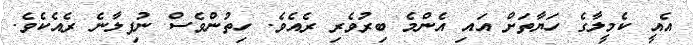
އެއީ ކެމީލާގެ ހަޔާތަށް އައި އެންމެ ބިރުވެރި ރެއެވެ. ހިތުންވެސް ނުފިލާނެ ރެއެކެވެ.